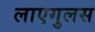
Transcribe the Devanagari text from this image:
लाएगुलस